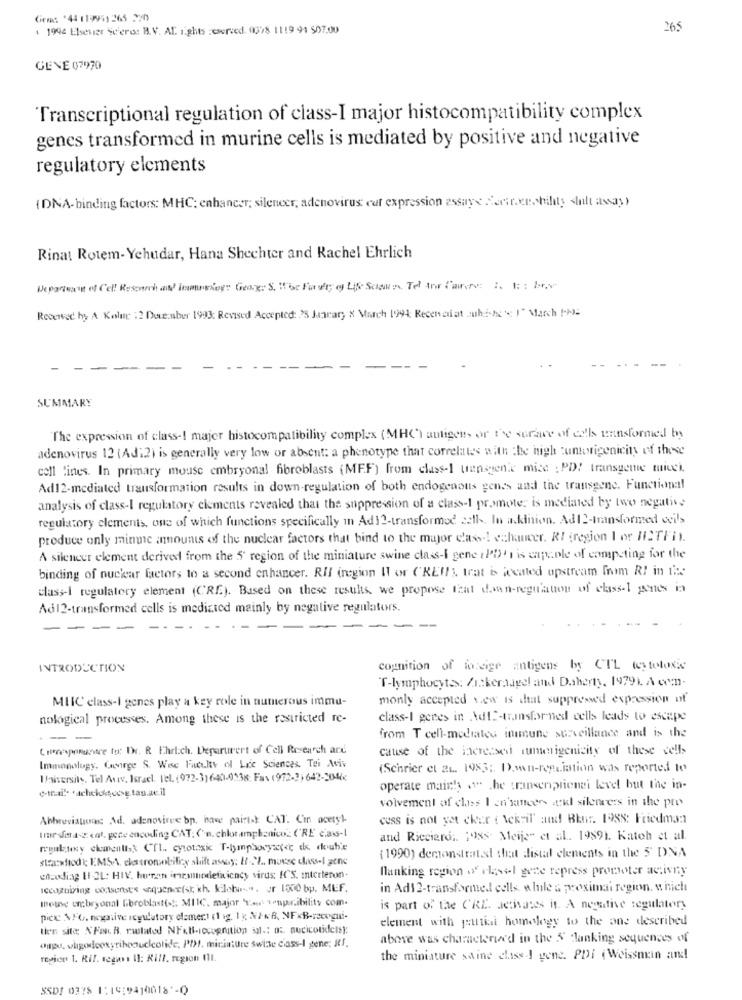
Gierc '44 11995) 265 220
1 1994 Elsevier Sc'ero: B.V. AL ights zeserved. 0078 1119 94 507.00
265
GENE 07970
Transcriptional regulation of class-I major histocompatibility complex
genes transformed in murine cells is mediated by positive and negative
regulatory elcments
(DNA-binding factors: MHC; enhancer; silencer, adenovirus cut expression essays Sertr.we. bility shalt assay)
Rinat Rotem-Yehudar, Hana Shechter and Rachel Ehrlich
Departene of Cell Research and Inmesiog: George S. Ibe Faculty of Life Soaus. Tel for Care: : : : be-
Received by A Kolar :2 December 1993: Revised Accepted: 25 Jageary & March 1994: Recenad at whichare ) March the
SUMMARY
The expression of class-I majer histocompatibility complex (MHC') antigen, or the surface of calls insformed by
adenovirus 12 (Ad:2) is generally very low or absent: a phenotype that correlates with the high unterigenicity of these
cell lines. In primary mouse embryonal fibroblasts (MFF) from class-1 transgenic mice ; PD! transgene ticek.
Ad12-mediated transformation results in down-regulation of both endogenous genes and the transgene. Functional
analysis of class-I regulatory clements revealed that the suppression of a class-I promoter is mediated by two negative
regulatory elements, one of which functions specifically in AdJ ?- transformed all. In addition. Adt2-transformed cils
produce only minne amounts of the nuclear factors that bind to the major class -! echaucer. RI iregion I or HISTFin.
A silencer element derived from the 5' region of the miniature swine class-I gene (PD's is capable of competing for the
binding of nuckar factors to a second enhancer. RIl (region I or CREI trat is located upstream Inom RI in the
classI regulatory element (CRE). Based on these results, we propose that den-regulation of classel genes is
Adl2-transformed cells is medizted mainly by negative regulators.
----
----
INTRODUCTION
cognition of fo;eige antigens by CTL toytotoxic
T-lymphocytes: Zackernagel and Daherty, 19791 A com-
MIIC' class-I genes play a key role in numerous immu-
monly accepted v.ew is that suppressed expression of
nological processes. Among these is the restricted re-
class-I geres in Ad !?- transfor-ned cells leads to escape
--
from T cell-mediated inmune surveillance and is the
Core perantre fu: Dr. R Ehrlich. Deparurert of Cell Research are
cause of the increased cumerigenisity of these cells
Immonology, Courge S. Wise Faculty of Life Sciences. Tei Aviv
(Schrier et AL. 1983 ;. D.wn-repriation was reported to
Baisersits. Tel Aviv, Israel. Tel. (972-31640-9138: Fas (972-3) 642-204
+-trail* * achelofecesg tan.ac.il
operate main! " .he transenprienei level but the in-
volvement of class I en'sancers etkil silenvers in the pre
Abbreviations Ad. adenoviree bp, hace pairtst CAT. C'in acetyl
cuss is not yet cker { \ekvil' and Bhur. 1988: Friedman
Inesferasz. cat. gece encoding CAT: (n. chkamphznico_ ('RE c.ass-1
and Ricciard ,. 1988. Meije" et al. 19891. Katoh et al.
regulatory elementiak CII. cytotoxic T-lymphocyste; de douh's
stacstiod k; EMSA, cks tromolifey shift assay: 17-21 .. movse classel gene
( 1990) demonstrated that distal elements in the 5' DNA
flanking region of class-l gene repress promoter activny
enadiag HI OL: HIV. huren inrutindeficiency virus. IC'S. Interteron.
in Ad12-transformed cells alule & proximai region. which
meuse un:bryonal fibroblasts !. MIIC. major "Es Ionpur.ibility com.
is part of the CRE. Jetivases it. A negative regulatory
pec N'G. nogive icyulatory element (1 ig. 1 x NA-NA, NFxB-recegui-
element with gauttial homelegy to the one described
tien site NFan B. rwlated NFKB-recognition in .; o: aucicotidelsy;
above was characterized in the 5 dlanking sequences of
(upu, whgodeoxyribonuclcolide, PII, miniature Switte ciass-I gene: If.
revices 1. Rif. vegan II: Kill. region 111.
the miniature swine classe ) gene. PDi (Weissman and!
SSDS 0378 1:19:9410018 *- 0